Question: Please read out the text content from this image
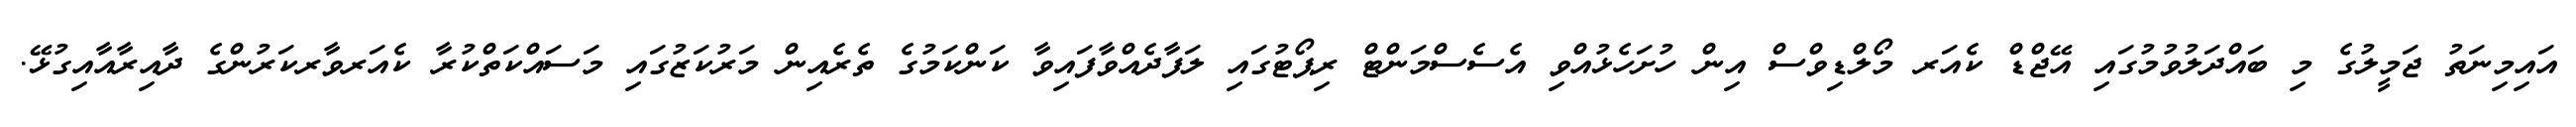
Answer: އައިމިނަތު ޖަމީލުގެ މި ބައްދަލުވުމުގައި އޭޖްޑް ކެއަރ މޯލްޑިވްސް އިން ހުށަހެޅުއްވި އެސެސްމަންޓް ރިޕޯޓުގައި ލަފާދެއްވާފައިވާ ކަންކަމުގެ ތެރެއިން މަރުކަޒުގައި މަސައްކަތްކުރާ ކެއަރވާރކަރުންގެ ދާއިރާއާއިގުޅޭ.